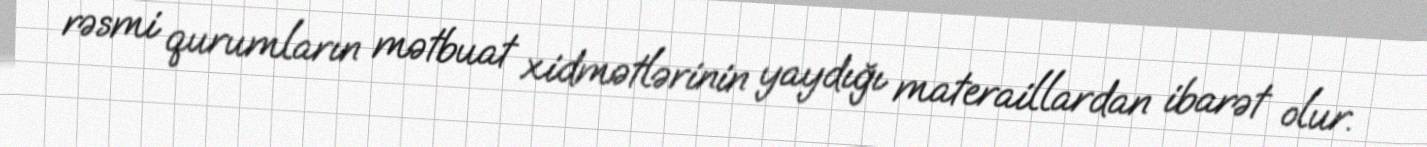
rəsmi qurumların mətbuat xidmətlərinin yaydığı materaillardan ibarət olur.